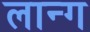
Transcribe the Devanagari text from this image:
लान्ग